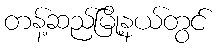
တန့်ဆည်မြို့နယ်တွင်